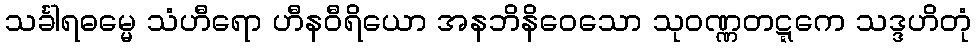
သင်္ခါရဓမ္မေ သံဟီရော ဟီနဝီရိယော အနဘိနိဝေသော သုဝဏ္ဏတဋ္ဋကေ သဒ္ဒဟိတုံ